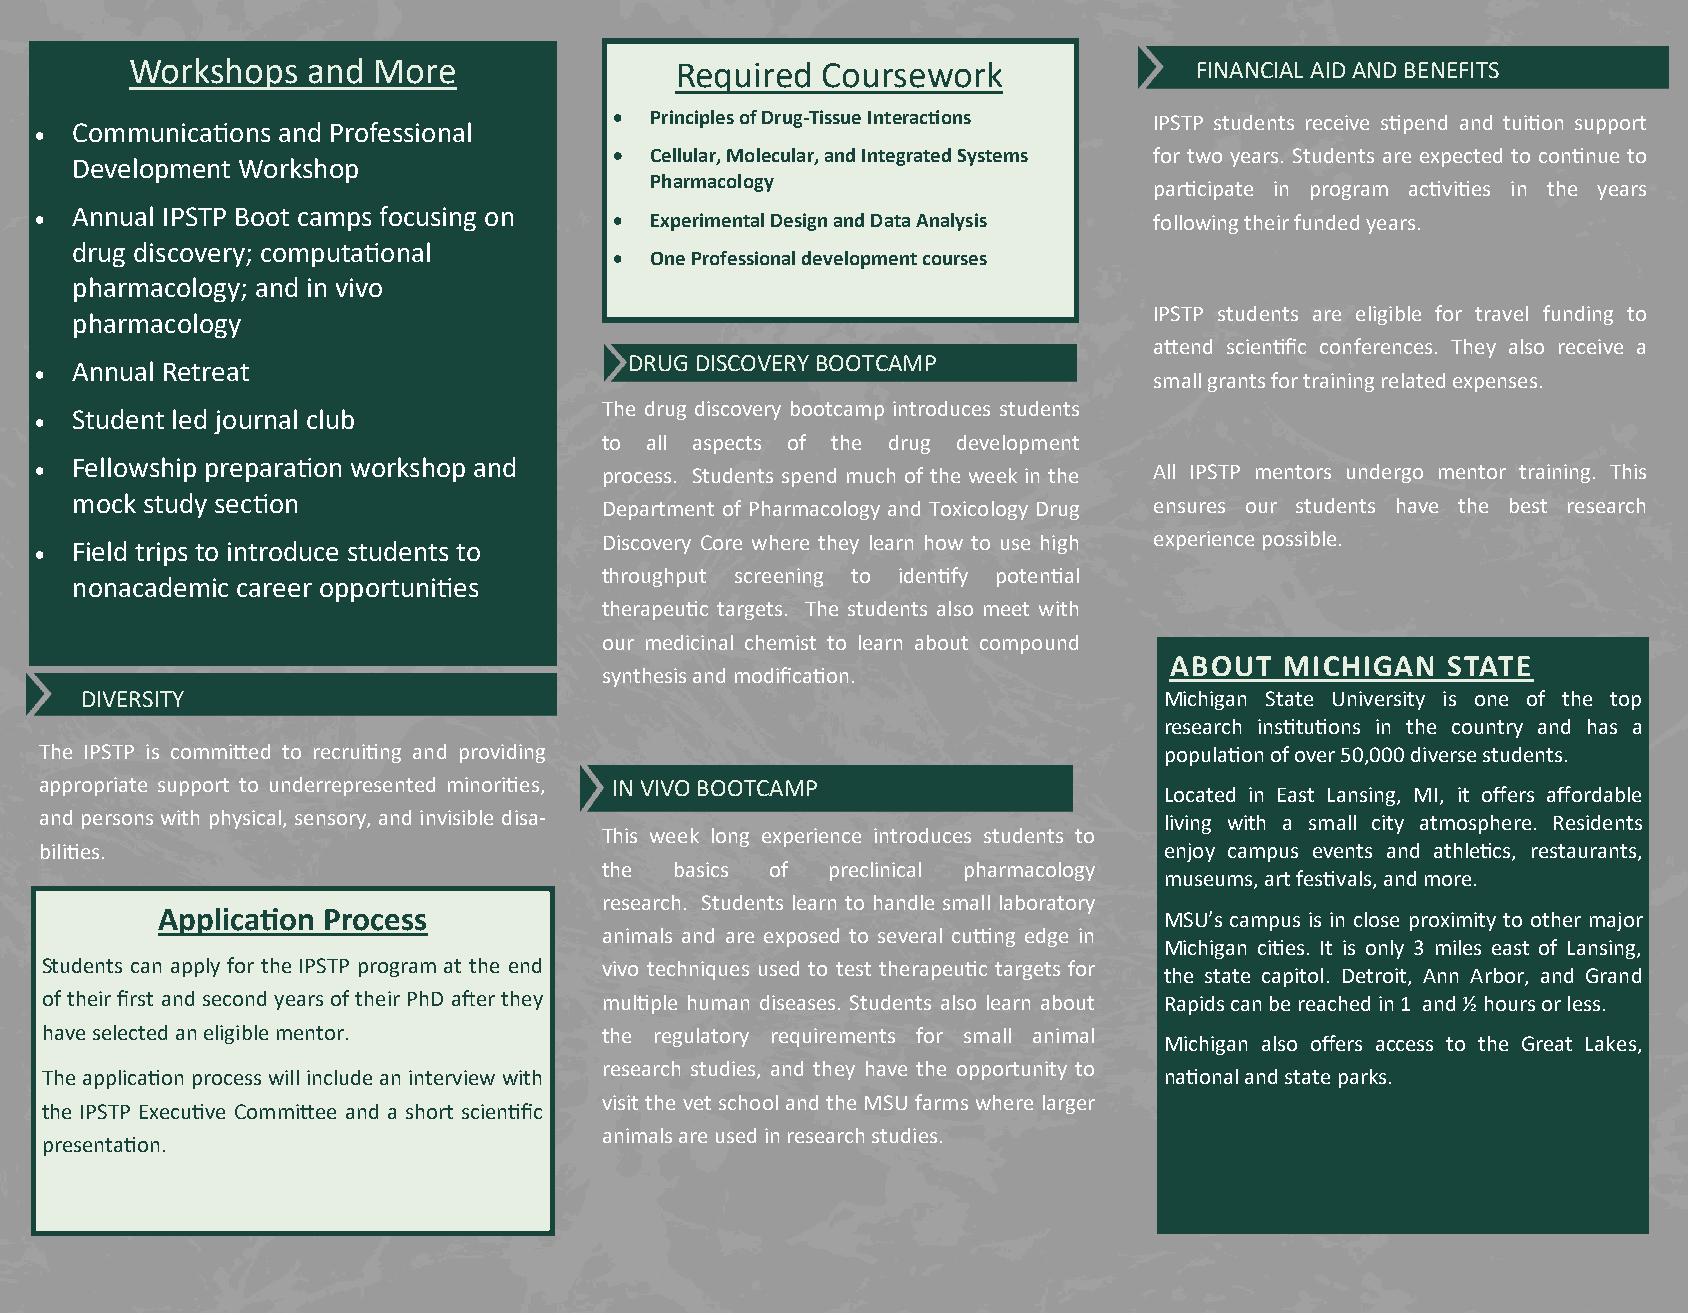
Workshops  and  More                Required C oursework              FINANCIAL AID AND BENEFITS
 • Principles of Drug-Tissue Interactions IPSTP students receive stipend and tuition support
 •  Communications and Professional
 • Cellular, Molecular, and Integrated Systems for two years. Students are expected to continue to
 Development Workshop
 Pharmacology
 participate in program activities in the years
 •  Annual IPSTP Boot camps focusing on • Experimental Design and Data Analysis following their funded years.
 drug discovery; computational
 • One Professional development courses
 pharmacology; and in vivo
 IPSTP students are eligible for travel funding to
 pharmacology
 attend scientific conferences. They also receive a
 DRUG DISCOVERY BOOTCAMP
 •  Annual Retreat                                                         small grants for training related expenses.
 The drug discovery bootcamp introduces students
 •  Student led journal club
 to all aspects of the drug development
 •  Fellowship preparation workshop and process. Students spend much of the week in the All IPSTP mentors undergo mentor training. This
 mock study section                 Department of Pharmacology and Toxicology Drug ensures our students have the best research
 Discovery Core where they learn how to use high experience possible.
 •  Field trips to introduce students to
 throughput screening to identify potential
 nonacademic career opportunities
 therapeutic targets. The students also meet with
 our medicinal chemist to learn about compound
 ABOUT   MICHIGAN   STATE
 synthesis and modification.
 DIVERSITY                                                               Michigan State University is one of the top
 research institutions in the country and has a
 The IPSTP is committed to recruiting and providing                        population of over 50,000 diverse students.
 appropriate support to underrepresented minorities, IN VIVO BOOTCAMP
 Located in East Lansing, MI, it offers affordable
 and persons with physical, sensory, and invisible disa-                   living with a small city atmosphere. Residents
 This week long experience introduces students to
 bilities.                                                                 enjoy campus events and athletics, restaurants,
 the  basics of preclinical pharmacology
 museums, art festivals, and more.
 research. Students learn to handle small laboratory
 Application Process                                                MSU’s campus is in close proximity to other major
 animals and are exposed to several cutting edge in
 Michigan cities. It is only 3 miles east of Lansing,
 Students can apply for the IPSTP program at the end vivo techniques used to test therapeutic targets for the state capitol. Detroit, Ann Arbor, and Grand
 of their first and second years of their PhD after they multiple human diseases. Students also learn about Rapids can be reached in 1 and ½ hours or less.
 have selected an eligible mentor.    the regulatory requirements for small animal
 Michigan also offers access to the Great Lakes,
 research studies, and they have the opportunity to
 The application process will include an interview with                    national and state parks.
 visit the vet school and the MSU farms where larger
 the IPSTP Executive Committee and a short scientific
 animals are used in research studies.
 presentation.